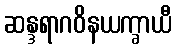
ဆန္ဒရာဂဝိနယက္ခာယီ